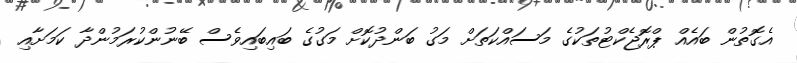
އެގޮތުން ބައެއް ޕްރޮޖެކްޓުތަކުގެ މަސައްކަތަށް މަގު ބަންދުކޮށް މަގުގެ ބައިބައިވެސް ބޭނުންކުރަމުންދާ ކަމަށާއި